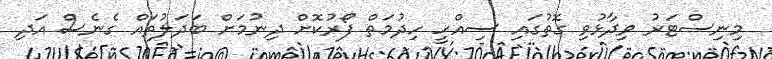
މިނިސްޓަރު ވިދާޅުވި ގޮތުގައި ސިއްހީ ހިދުމަތް ފޯރުކޮށް ދިނުމަށް ބަދަލުތައް ގެނެސް އަދި